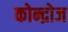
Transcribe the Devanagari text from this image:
कोन्द्रोज